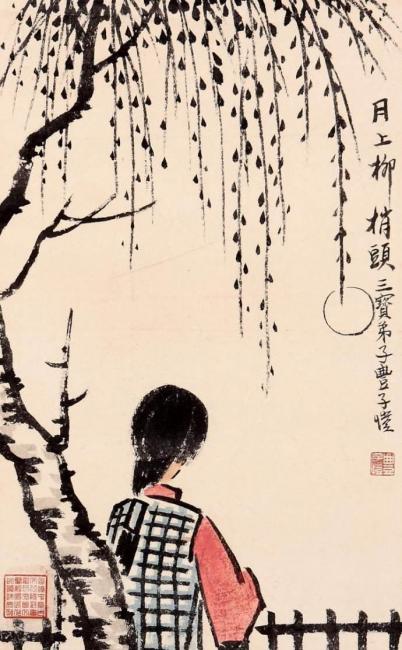
东门之杨，其叶牂牂。